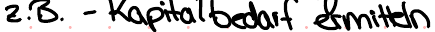
z.B. - Kapitalbedarf ermitteln